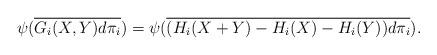
LaTeX: \begin{align*}\psi(\overline{G_i(X, Y)d\pi_i}) = \psi(\overline{(H_i(X + Y) - H_i(X) - H_i(Y))d\pi_i}).\end{align*}